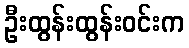
ဦးထွန်းထွန်းဝင်းက